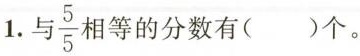
1.与\frac{5}{5}相等的分数有( )个。